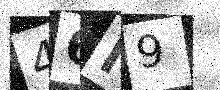
Text: 46M9